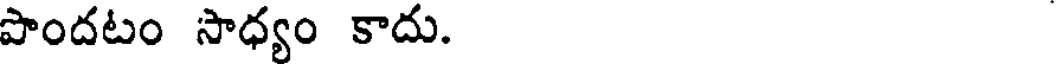
పాందటం సాధ్యం కాదు.